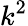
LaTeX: k^{2}